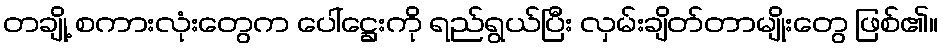
တချို့ စကားလုံးတွေက ပေါ်ဋ္ဌေးကို ရည်ရွယ်ပြီး လှမ်းချိတ်တာမျိုးတွေ ဖြစ်၏။